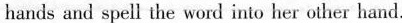
hands and spell the word into her other hand.